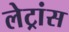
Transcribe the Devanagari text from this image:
लेट्रांस